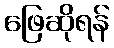
ဖြေဆိုရန်